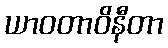
ယာဝတာဝိနီတာ